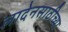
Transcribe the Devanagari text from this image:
लादेनसाठीच्या